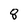
Character: 8